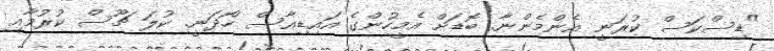
"ޑިސްކަސް ކުރަނީ އެންމެންނާ. ބޮޑަށް އެމީހުންގެ އައިޑިއާސް ހޯދަނީ. ކުލަ ޗޫސް ކުރުމާއި